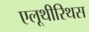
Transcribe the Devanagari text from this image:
एलूथीरिथस